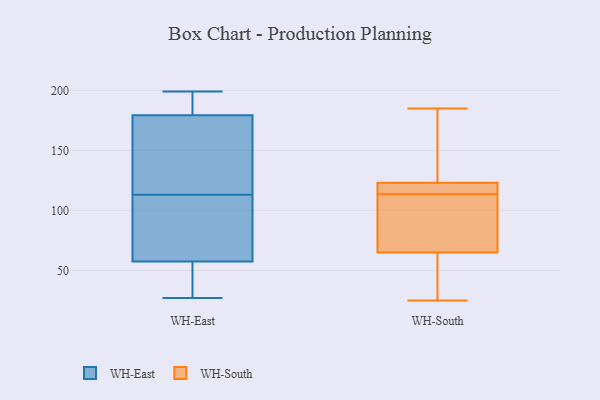
{"axis": {"x": "Temperature (°C)", "y": "Value"}, "legend": ["WH-East", "WH-South"], "data": [{"x": "", "y": 73, "type": "WH-East"}, {"x": "", "y": 194, "type": "WH-East"}, {"x": "", "y": 131, "type": "WH-East"}, {"x": "", "y": 199, "type": "WH-East"}, {"x": "", "y": 60, "type": "WH-East"}, {"x": "", "y": 31, "type": "WH-East"}, {"x": "", "y": 27, "type": "WH-East"}, {"x": "", "y": 65, "type": "WH-East"}, {"x": "", "y": 50, "type": "WH-East"}, {"x": "", "y": 124, "type": "WH-East"}, {"x": "", "y": 175, "type": "WH-East"}, {"x": "", "y": 192, "type": "WH-East"}, {"x": "", "y": 113, "type": "WH-East"}, {"x": "", "y": 185, "type": "WH-South"}, {"x": "", "y": 115, "type": "WH-South"}, {"x": "", "y": 113, "type": "WH-South"}, {"x": "", "y": 25, "type": "WH-South"}, {"x": "", "y": 90, "type": "WH-South"}, {"x": "", "y": 114, "type": "WH-South"}, {"x": "", "y": 65, "type": "WH-South"}, {"x": "", "y": 123, "type": "WH-South"}, {"x": "", "y": 132, "type": "WH-South"}, {"x": "", "y": 44, "type": "WH-South"}]}